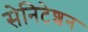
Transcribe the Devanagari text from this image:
सेनिटेशन